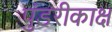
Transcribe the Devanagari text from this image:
पुंडरीकाक्ष